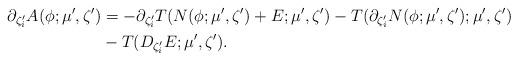
LaTeX: \begin{align*}\partial_{\zeta_i'}A(\phi;\mu',\zeta')&=-\partial_{\zeta_i'}T( N(\phi;\mu',\zeta') + E;\mu',\zeta')-T( \partial_{\zeta_i'}N(\phi;\mu',\zeta') ;\mu',\zeta')\\& - T( D_{\zeta_i'} E;\mu',\zeta') .\end{align*}